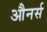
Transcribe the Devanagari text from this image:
औनर्स